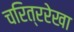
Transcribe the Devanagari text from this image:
चरित्ररेखा